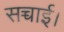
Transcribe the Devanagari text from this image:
सच्चाई।